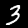
Label: 3